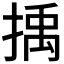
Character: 𢯺